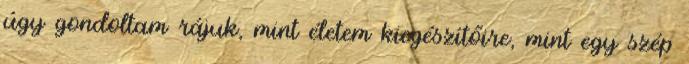
úgy gondoltam rájuk, mint életem kiegészítőire, mint egy szép